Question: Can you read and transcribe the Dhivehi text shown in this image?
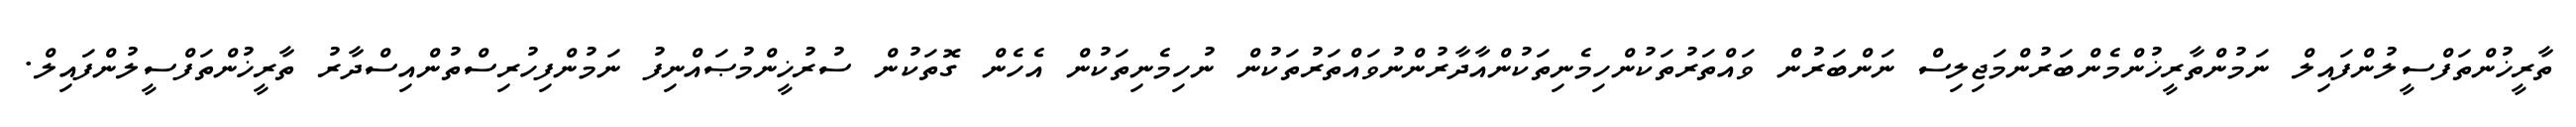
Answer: ތާރީޚުންތަފްސީލުންފައިލް ނަމުންތާރީޚުންމެންބަރުންމަޖިލިސް ނަންބަރުން ވައްތަރުތަކުންހިމެނިތަކުންއާދާރުންނުވައްތަރުތަކުން ނުހިމެނިތަކުން އެހެން ގޮތަކުން ސުރުޚީންމުޞައްނިފު ނަމުންފިހުރިސްތުންއިސްދާރު ތާރީޚުންތަފްސީލުންފައިލް.